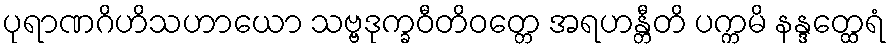
ပုရာဏဂိဟိသဟာယော သဗ္ဗဒုက္ခဝီတိဝတ္တေ အရဟန္တီတိ ပက္ကမိ နန္ဒတ္ထေရံ